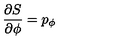
{ \frac { \partial S } { \partial \phi } } = p _ { \phi }